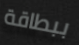
ببطاقة